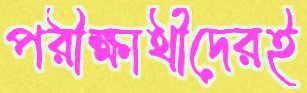
পরীক্ষার্থীদেরই